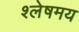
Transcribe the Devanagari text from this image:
श्लेषमय